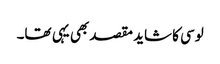
لوسی کا شاید مقصد بھی یہی تھا۔